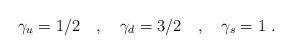
LaTeX: \begin{align*}\gamma_u = 1/2 \quad , \quad \gamma_d = 3/2 \quad , \quad\gamma_s = 1~.\end{align*}